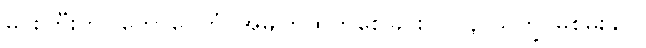
မင်းကြီးကို။ ကောပေတုံ၊ အမျက်ထွက်စေခြင်းငှာ။ နာသက္ခိ၊ မစွမ်းနိုင်။